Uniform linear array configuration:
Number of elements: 24
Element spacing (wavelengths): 1
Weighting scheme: exponential
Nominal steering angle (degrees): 15
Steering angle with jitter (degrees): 16.096
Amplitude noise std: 0.05
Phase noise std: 0.05

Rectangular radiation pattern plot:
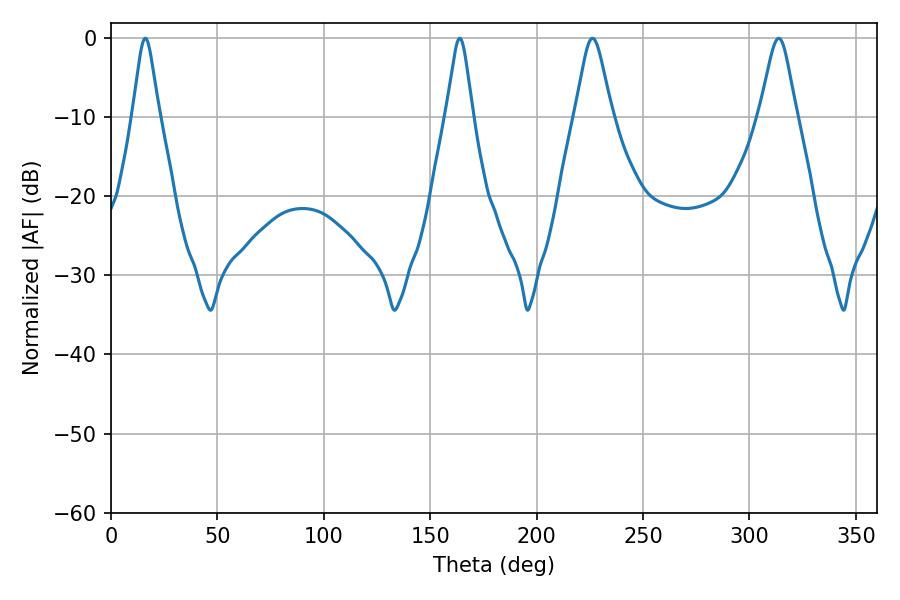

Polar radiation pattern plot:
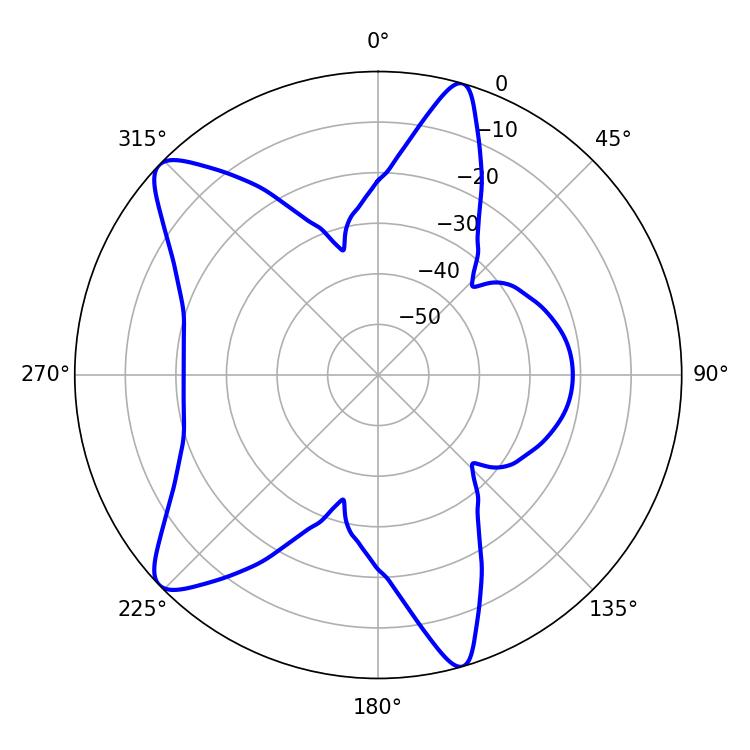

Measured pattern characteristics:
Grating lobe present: TRUE
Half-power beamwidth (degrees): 8.28
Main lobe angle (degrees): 226.26